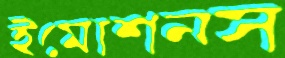
ইমোশনস